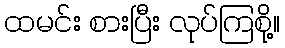
ထမင်း စားပြီး လုပ်ကြစို့။